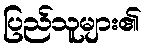
ပြည်သူများ၏